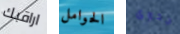
اراقبك الحوامل جدوى